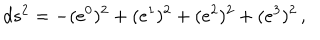
d s ^ { 2 } = - ( e ^ { 0 } ) ^ { 2 } + ( e ^ { 1 } ) ^ { 2 } + ( e ^ { 2 } ) ^ { 2 } + ( e ^ { 3 } ) ^ { 2 } \, ,